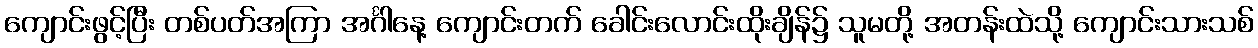
ကျောင်းဖွင့်ပြီး တစ်ပတ်အကြာ အင်္ဂါနေ့ ကျောင်းတက် ခေါင်းလောင်းထိုးချိန်၌ သူမတို့ အတန်းထဲသို့ ကျောင်းသားသစ်